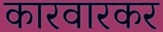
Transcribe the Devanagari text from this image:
कारवारकर